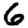
Digit: 6